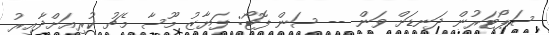
ސަޕޯޓަރުން ދަނޑަށް ވަން -- ސަން ފޮޓޯ: ފަޔާޒު މޫސާ މެޗު ކުރިއަށްދާއިރު